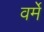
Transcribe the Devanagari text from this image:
वर्मे